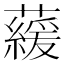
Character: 藧